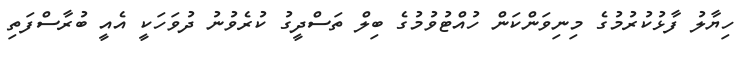
ހިޔާލު ފާޅުކުރުމުގެ މިނިވަންކަން ހުއްޓުވުމުގެ ބިލް ތަސްދީގު ކުރެވުނު ދުވަހަކީ އެއީ ބުރާސްފަތި